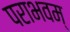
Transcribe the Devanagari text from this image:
पराभवम्‌